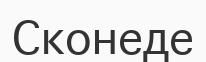
Сконеде